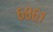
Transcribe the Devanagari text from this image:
६८६१